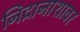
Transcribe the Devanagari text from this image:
निद्रानाशावर